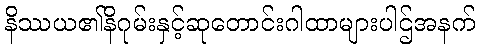
နိဿယ၏နိဂုမ်းနှင့်ဆုတောင်းဂါထာများပါဌ်အနက်